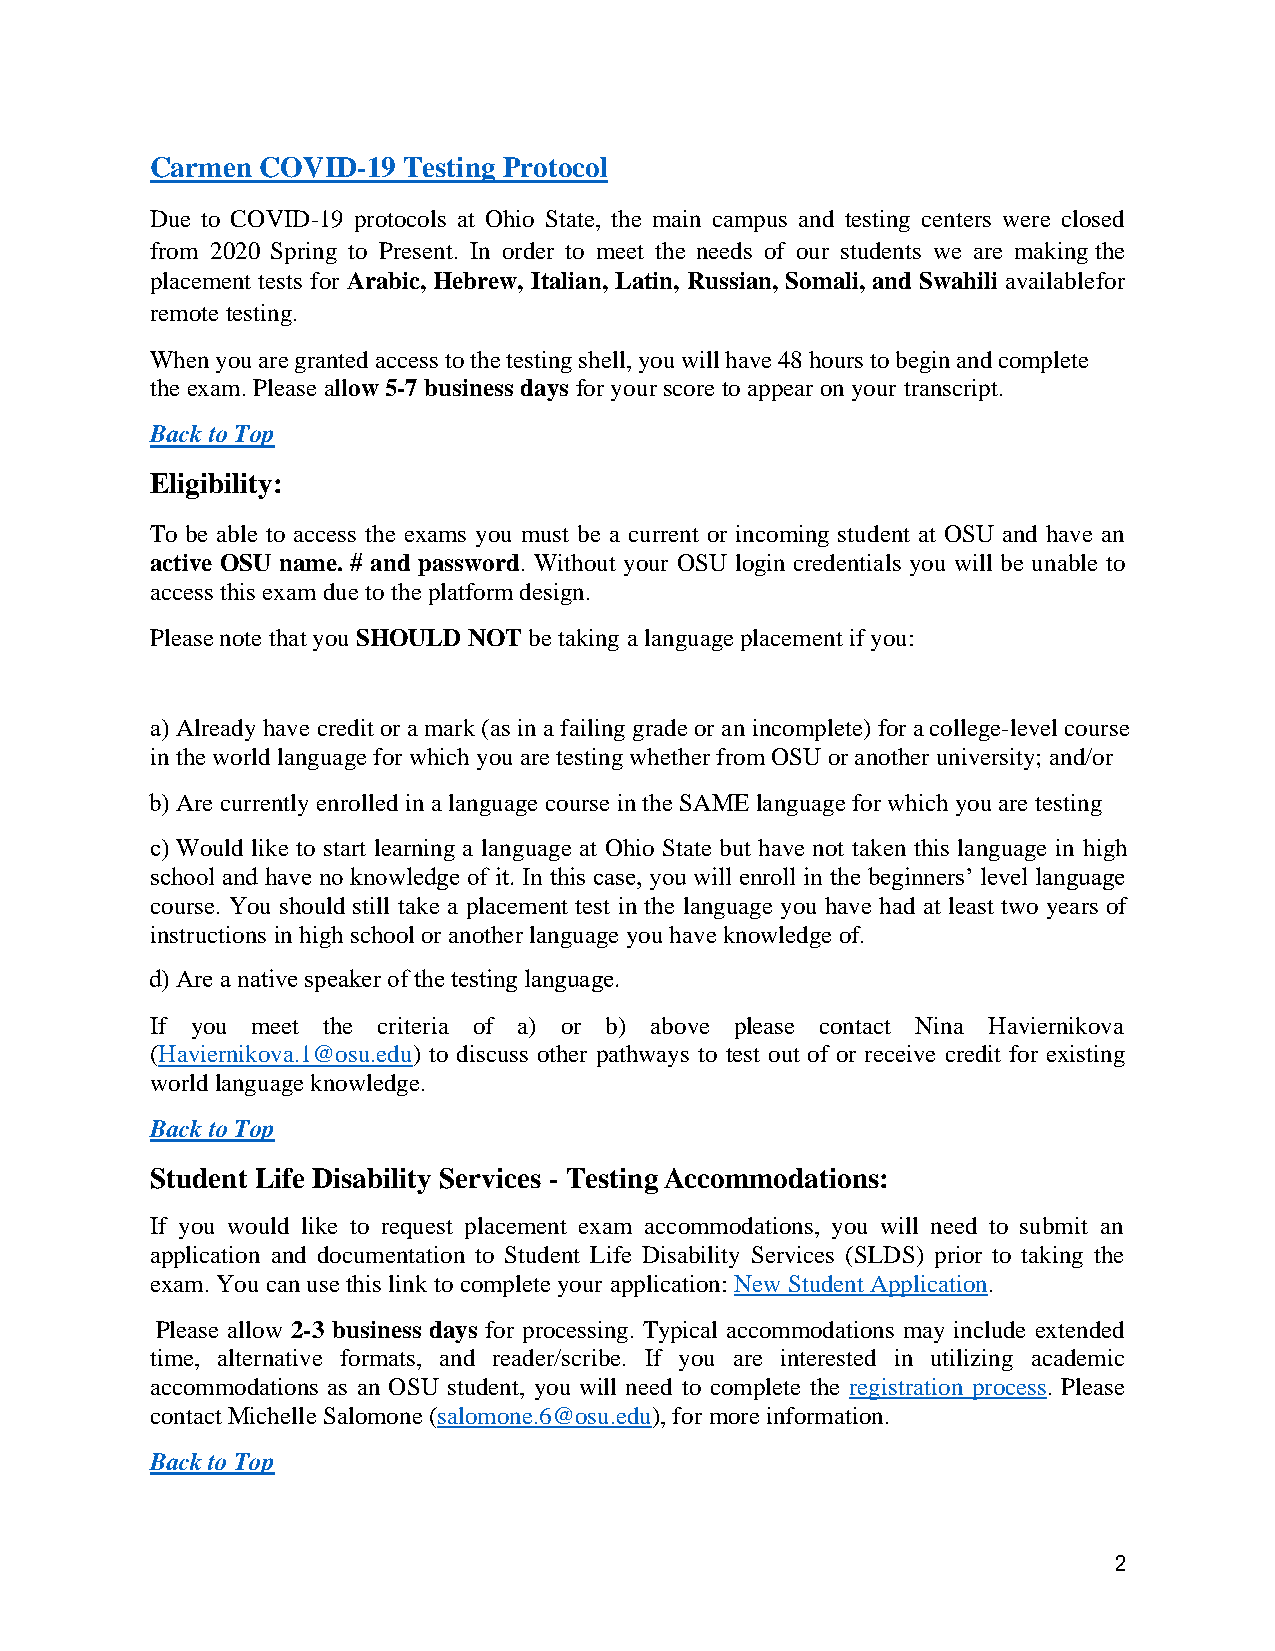
Carmen COVID-19  Testing Protocol
 Due to COVID-19 protocols at Ohio State, the main campus and testing centers were closed
 from 2020 Spring to Present. In order to meet the needs of our students we are making the
 placement tests for Arabic, Hebrew, Italian, Latin, Russian, Somali, and Swahili available for
 remote testing.
 When you are granted access to the testing shell, you will have 48 hours to begin and complete
 the exam. Please allow 5-7 business days for your score to appear on your transcript.
 Back to Top
 Eligibility:
 To be able to access the exams you must be a current or incoming student at OSU and have an
 active OSU name. # and password. Without your OSU login credentials you will be unable to
 access this exam due to the platform design.
 Please note that you SHOULD NOT be taking a language placement if you:
 a) Already have credit or a mark (as in a failing grade or an incomplete) for a college-level course
 in the world language for which you are testing whether from OSU or another university; and/or
 b) Are currently enrolled in a language course in the SAME language for which you are testing
 c) Would like to start learning a language at Ohio State but have not taken this language in high
 school and have no knowledge of it. In this case, you will enroll in the beginners’ level language
 course. You should still take a placement test in the language you have had at least two years of
 instructions in high school or another language you have knowledge of.
 d) Are a native speaker of the testing language.
 If you meet the criteria of a) or b) above please contact Nina Haviernikova
 (Haviernikova.1@osu.edu) to discuss other pathways to test out of or receive credit for existing
 world language knowledge.
 Back to Top
 Student Life Disability Services - Testing Accommodations:
 If you would like to request placement exam accommodations, you will need to submit an
 application and documentation to Student Life Disability Services (SLDS) prior to taking the
 exam. You can use this link to complete your application: New Student Application.
 Please allow 2-3 business days for processing. Typical accommodations may include extended
 time, alternative formats, and reader/scribe. If you are interested in utilizing academic
 accommodations as an OSU student, you will need to complete the registration process. Please
 contact Michelle Salomone (salomone.6@osu.edu), for more information.
 Back to Top
 2